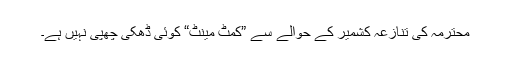
محترمہ کی تنازعہ کشمیر کے حوالے سے ”کمٹ مینٹ“ کوئی ڈھکی چھپی نہیں ہے۔